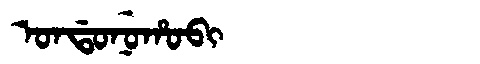
Manchu: ᠣᠨᡩᠣᠨᡠᡥᠣᠪᡳ
Romanization: ONDONUHOBI